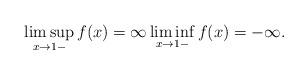
LaTeX: \begin{align*}\limsup_{x\to 1-} f(x)=\infty \liminf_{x\to 1-} f(x)=-\infty.\end{align*}